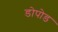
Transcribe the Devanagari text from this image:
डोपोड